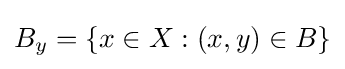
B_{y}=\{x\in X:(x,y)\in B\}